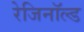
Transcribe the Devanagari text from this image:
रेजिनॉल्ड